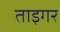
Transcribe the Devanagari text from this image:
ताइगर